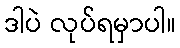
ဒါပဲ လုပ်ရမှာပါ။